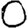
Digit: 0